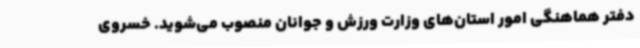
دفتر هماهنگی امور استان‌های وزارت ورزش و جوانان منصوب می‌شوید. خسروی